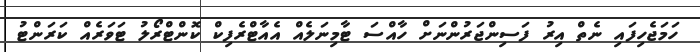
ހަމަޖެހިފައި ނެތް އިރު ފަސިންޖަރުންނަށް ހާއްސަ ޓާމިނަލެއް އެއާޓްރެފިކް ކޮންޓްރޯލު ޓަވަރެއް ކަރަންޓު